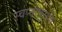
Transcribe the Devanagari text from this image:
स्वप्नावस्थेंत